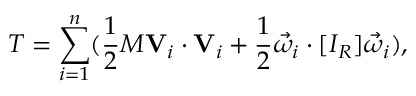
T = \sum _ { i = 1 } ^ { n } ( { \frac { 1 } { 2 } } M \mathbf { V } _ { i } \cdot \mathbf { V } _ { i } + { \frac { 1 } { 2 } } { \vec { \omega } } _ { i } \cdot [ I _ { R } ] { \vec { \omega } } _ { i } ) ,